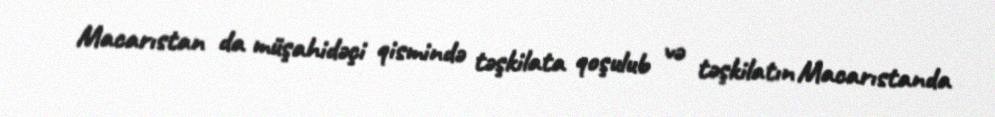
Macarıstan da müşahidəçi qismində təşkilata qoşulub və təşkilatın Macarıstanda